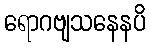
ရောဂဗျသနေနပိ